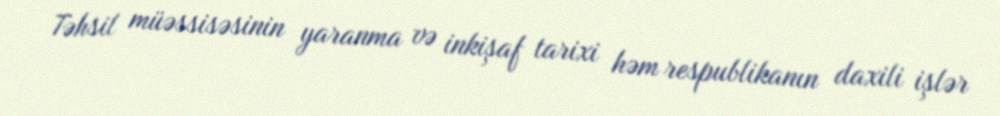
Təhsil müəssisəsinin yaranma və inkişaf tarixi həm respublikanın daxili işlər